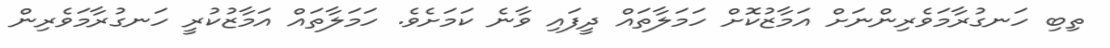
ތިބި ހަނގުރާމަވެރިންނަށް އަމާޒުކޮށް ހަމަލާތައް ދީފައި ވާނެ ކަމަށެވެ. ހަމަލާތައް އަމާޒުކުރީ ހަނގުރާމަވެރިން